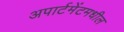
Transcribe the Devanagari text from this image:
अपार्टमेंटमधील